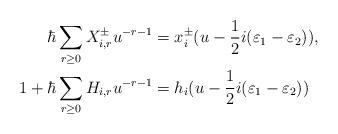
LaTeX: \begin{align*}\hbar \sum_{r \geq 0} X_{i,r}^{\pm} u^{-r-1} &= x_i^{\pm}(u - \dfrac{1}{2}i(\varepsilon_1 - \varepsilon_2)), \\1 + \hbar \sum_{r \geq 0} H_{i,r} u^{-r-1} &= h_i(u - \dfrac{1}{2}i(\varepsilon_1 - \varepsilon_2))\end{align*}